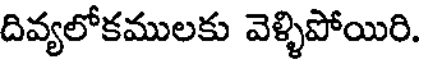
దివ్యలోకములకు వెళ్ళిపోయిరి.